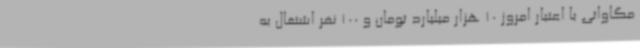
مگاواتی با اعتبار امروز 10 هزار میلیارد تومان و 100 نفر اشتغال به